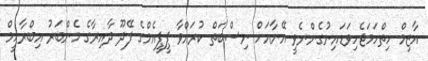
އާޒިމް ހިތްހަމަޖެހިވަޑައިނުގެންނެވީ އޭނާއަށް ނިސްބަތް ކުރައްވާ ޕީޕީއެމްގެ ފޭދޫ ދާއިރާގެ މެންބަރު އިބްރާހީމް